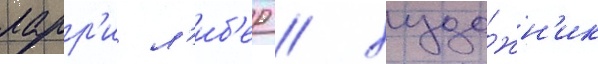
ларр'и л'иб'ер / худо́жн'ик